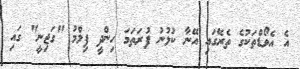
އެ އެވޯޑްތަކުގެ ތެރޭގައި އޭނާ ކުޅުނު ފުރަތަމަ ހިންދީ ފިލްމު "ގަޖިނީ" ގައި